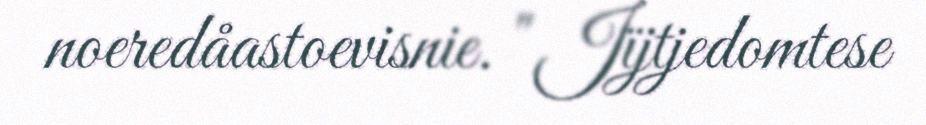
noeredåastoevisnie. " Jïjtjedomtese